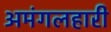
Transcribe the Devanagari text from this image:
अमंगलहारी